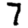
Digit: 7